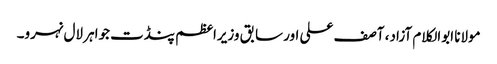
مولانا ابوالکلام آزاد، آصف علی اور سابق وزیراعظم پنڈت جواہر لال نہرو۔